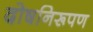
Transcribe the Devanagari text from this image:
दोषनिरूपण